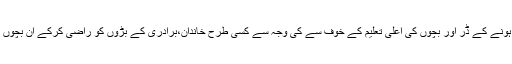
چچا نے زمین کے تقسیم ہونے کے ڈر اور بچوں کی اعلیٰ تعلیم کے خوف سے کی وجہ سے کسی طرح خاندان،برادری کے بڑوں کو راضی کرکے ان بچوں کی ماں سے نکاح کر لیا۔